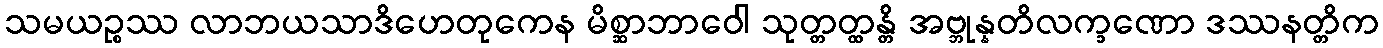
သမယဉ္စဿ လာဘယသာဒိဟေတုကေန မိစ္ဆာဘာဝေါ သုတ္တတ္ထန္တိ အဗ္ဘုန္နတိလက္ခဏော ဒဿနတ္တိက